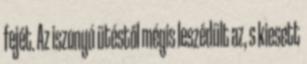
fejét. Az iszonyú ütéstől mégis leszédült az, s kiesett